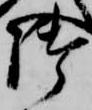
御